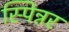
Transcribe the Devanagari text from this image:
स्पिन्नर